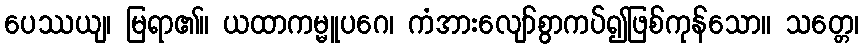
ပေဿယျ၊ မြရာ၏။ ယထာကမ္မူပဂေ၊ ကံအားလျော်စွာကပ်၍ဖြစ်ကုန်သော။ သတ္တေ၊